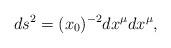
LaTeX: \begin{align*} ds^2 = (x_0)^{-2} dx^\mu dx^\mu,\end{align*}